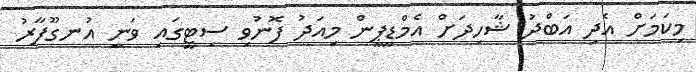
މިކަމަށް އެދި އަބްދު ޝާހިދަށް އެމްޑީޕީން މިއަދު ފޮނުވި ސިޓީގައި ވަނީ އުނގޫފާރު